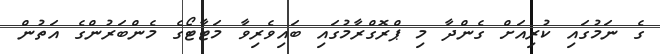
ގެ ނަމުގައި ކުރިއަށް ގެންދާ މި ޕްރޮގްރާމުގައި ބައިވެރިވާ މަޓާޓޯގެ މެންބަރުންގެ އަތުން